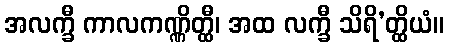
အလက္ခီ ကာလကဏ္ဏိတ္ထီ၊ အထ လက္ခီ သိရိ’တ္ထိယံ။